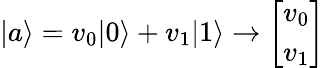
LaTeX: |a\rangle=v_{0}|0\rangle+v_{1}|1\rangle\rightarrow{\left[\begin{array}{l}{v_{0}}\\ {v_{1}}\end{array}\right]}